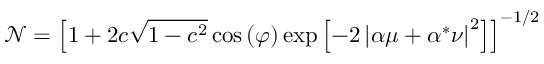
\mathcal { N } = \left[ 1 + 2 c \sqrt { 1 - c ^ { 2 } } \cos \left( \varphi \right) \exp \left[ - 2 \left| \alpha \mu + \alpha ^ { * } \nu \right| ^ { 2 } \right] \right] ^ { - 1 / 2 }